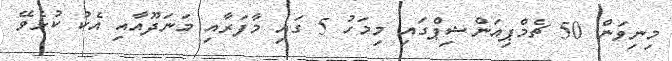
މިނިވަން 50 ޗެމްޕިއަންޝިޕްގައި މިމަހު 5 ގައި މާފަރާއި މަނަދޫއާއި އެކު ކުޅެވޭ